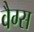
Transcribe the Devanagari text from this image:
वैग्स